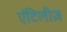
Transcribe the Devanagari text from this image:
एंटिलीज़